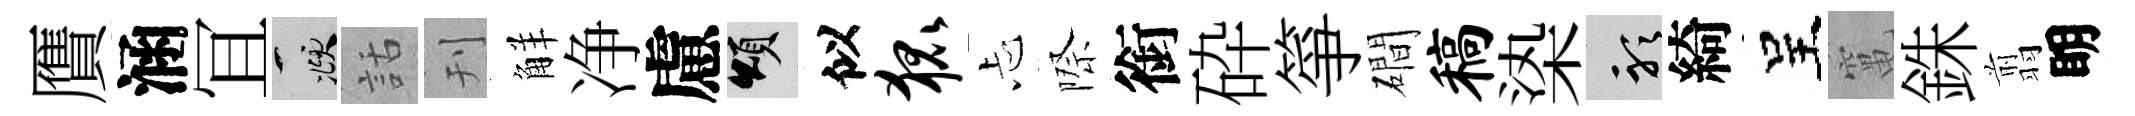
贋涵冝頫話刊觧净慮頌似狐忐際銜砕箏磵稿𣑱聽綺呈𥧄銖翦眀